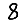
Digit: 8